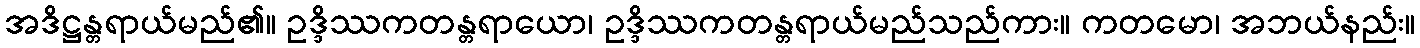
အဒိဋ္ဌန္တရာယ်မည်၏။ ဥဒ္ဒိဿကတန္တရာယော၊ ဥဒ္ဒိဿကတန္တရာယ်မည်သည်ကား။ ကတမော၊ အဘယ်နည်း။